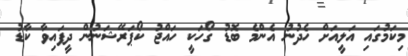
މިކަމުގައި އަލީއަށް ހެދުނު އެންމެ ބޮޑު ގޯހަކީ ހައްޖު ކޯޕަރޭޝަނުން ދީފައިވާ ކާޑު